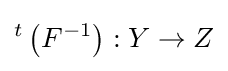
{}^{t}\left(F^{-1}\right):Y\to Z